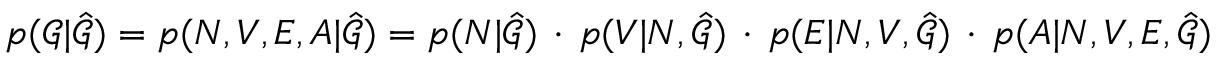
p ( \mathcal { G } | \hat { \mathcal { G } } ) = p ( N , V , E , A | \hat { \mathcal { G } } ) = p ( N | \hat { \mathcal { G } } ) \, \cdot \, p ( V | N , \hat { \mathcal { G } } ) \, \cdot \, p ( E | N , V , \hat { \mathcal { G } } ) \, \cdot \, p ( A | N , V , E , \hat { \mathcal { G } } )